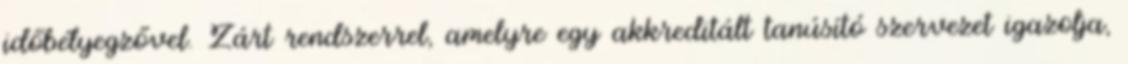
időbélyegzővel. Zárt rendszerrel, amelyre egy akkreditált tanúsító szervezet igazolja,